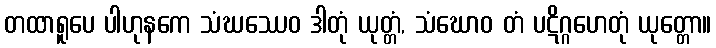
တထာရူပေ ပါဟုနကေ သံဃဿေဝ ဒါတုံ ယုတ္တံ, သံဃောဝ တံ ပဋိဂ္ဂဟေတုံ ယုတ္တော။